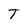
Character: T